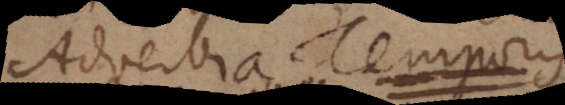
adverbia temporis